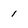
Character: 1